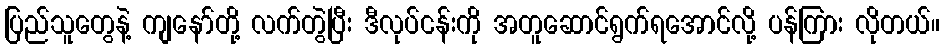
ပြည်သူတွေနဲ့ ကျနော်တို့ လက်တွဲပြီး ဒီလုပ်ငန်းကို အတူဆောင်ရွက်ရအောင်လို့ ပန်ကြား လိုတယ်။